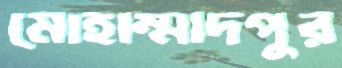
মোহাম্মাদপুর